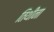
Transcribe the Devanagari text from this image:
तिथींना